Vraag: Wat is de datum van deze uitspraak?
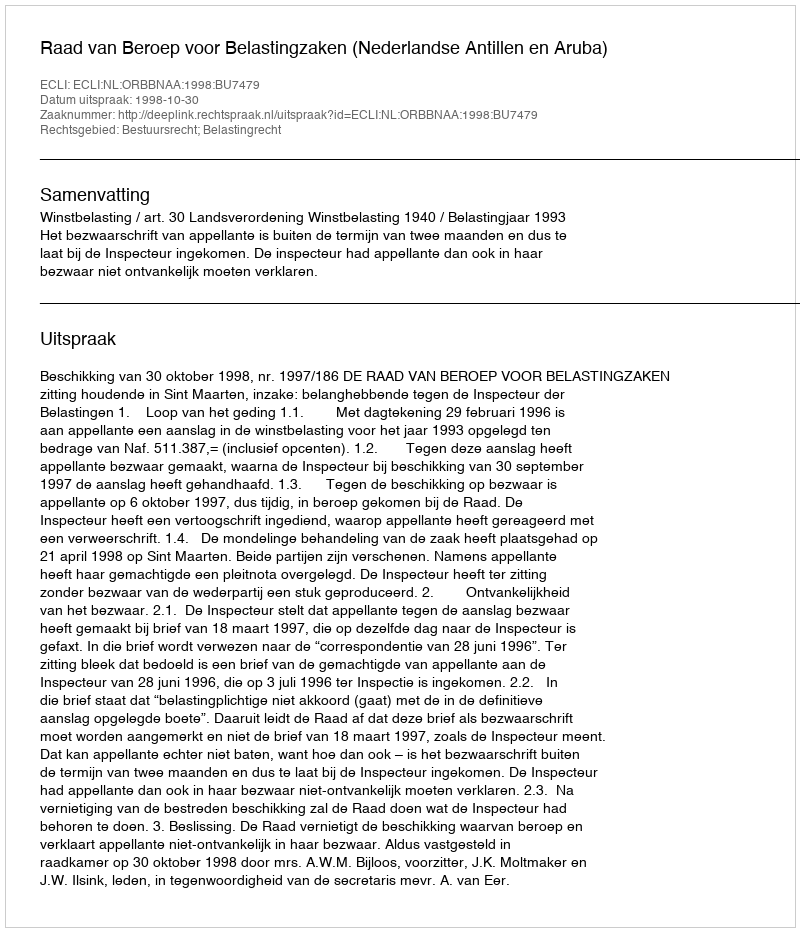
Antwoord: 1998-10-30